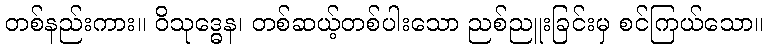
တစ်နည်းကား။ ဝိသုဒ္ဓေန၊ တစ်ဆယ့်တစ်ပါးသော ညစ်ညူးခြင်းမှ စင်ကြယ်သော။